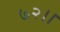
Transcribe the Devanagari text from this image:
७२।।